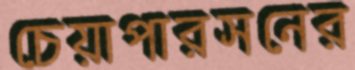
চেয়াপারসনের